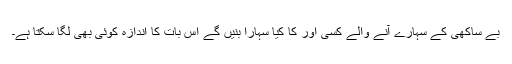
بے ساکھی کے سہارے آنے والے کسی اور کا کیا سہارا بنیں گے اس بات کا اندازہ کوئی بھی لگا سکتا ہے۔